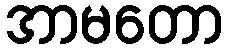
အာမတော